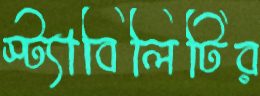
স্ট্যাবিলিটির